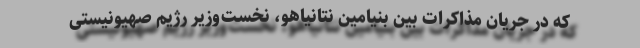
که در جریان مذاکرات بین بنیامین نتانیاهو، نخست‌وزیر رژیم صهیونیستی